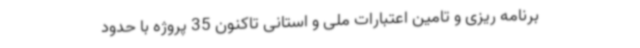
برنامه ریزی و تامین اعتبارات ملی و استانی تاکنون 35 پروژه با حدود